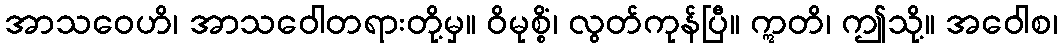
အာသဝေဟိ၊ အာသဝေါတရားတို့မှ။ ဝိမုစ္စိံ၊ လွတ်ကုန်ပြီ။ ဣတိ၊ ဤသို့။ အဝေါစ၊